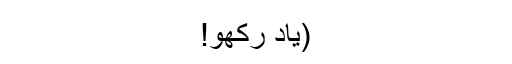
(یاد رکھو!